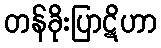
တန်ခိုးပြာဋိဟာ